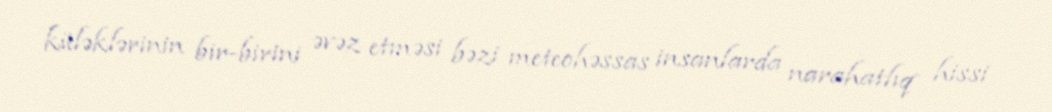
küləklərinin bir-birini əvəz etməsi bəzi meteohəssas insanlarda narahatlıq hissi